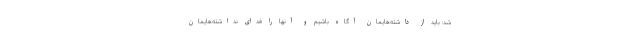
شد: باید از داشته‌‌هایمان آگاه باشیم و آنها را فدای نداشته‌هایمان